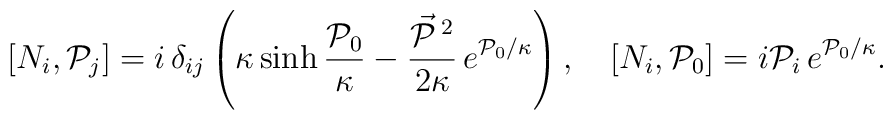
[N_i, {\cal P}_j] =  i\, \delta_{ij}\left(\kappa\sinh \frac{{\cal P}_0}\kappa - \frac{\vec{{\cal P}}\,{}^2}{2\kappa}\, e^{{\cal P}_0/\kappa}\right),\quad [N_i, {\cal P}_0] = i {\cal P}_i\, e^{{\cal P}_0/\kappa}.